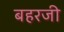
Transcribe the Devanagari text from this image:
बहरजी